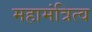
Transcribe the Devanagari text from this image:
महामंत्रित्व